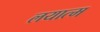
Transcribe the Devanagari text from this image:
लयात्म